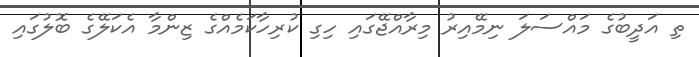
ތި އަދީބުގެ މައްސަލަ ނިމޭއިރު މިރާއްޖޭގައި ހިގި ކުރިހާކަމެއްގެ ޒިންމާ އެކަލޭގެ ބޮލުގައި